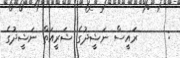
:      ރައީސް ނަޝީދުގެ ޝަރީއަތް ނަޝީދުގެ